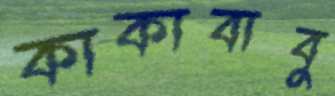
কাকাবাবু